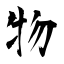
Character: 物